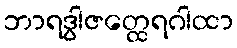
ဘာရဒွါဇတ္ထေရဂါထာ